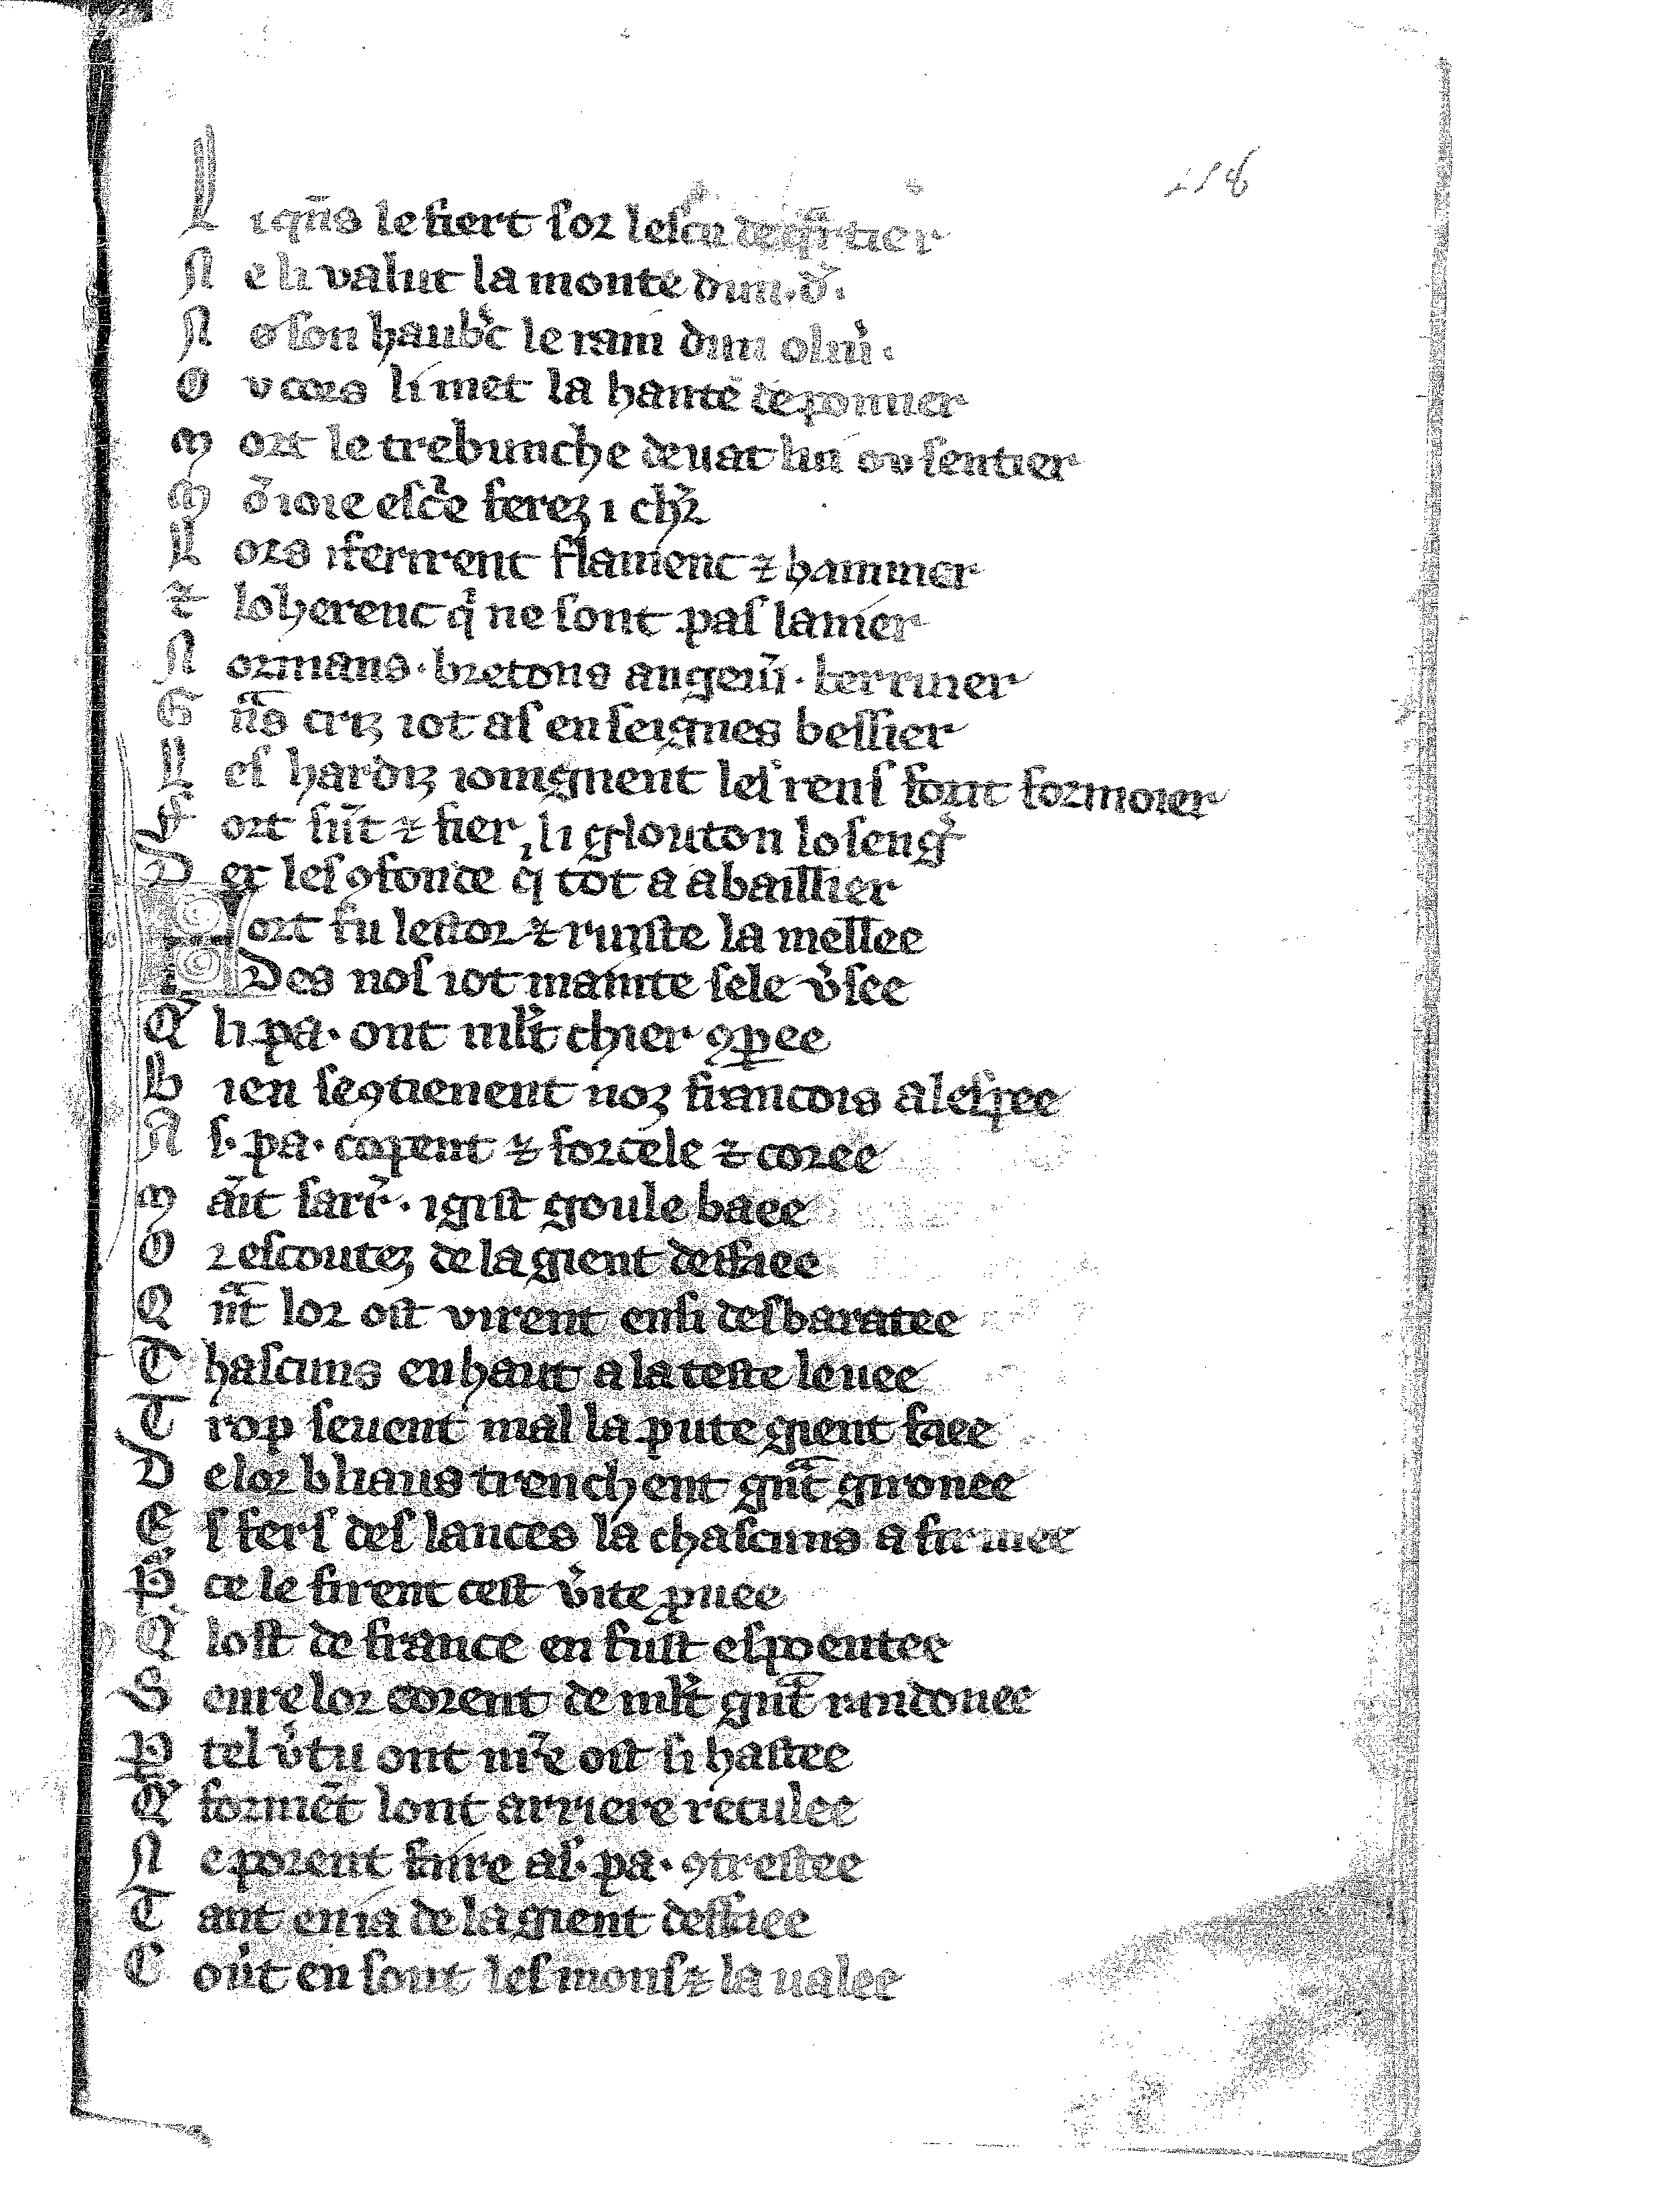
Shelfmark: Vatican, Biblioteca apostolica vaticana, Reg.lat. 1616
Century: 14